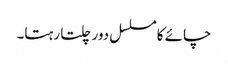
چائے کا مسلسل دور چلتا رہتا۔